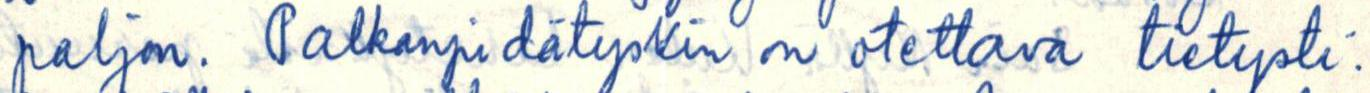
paljon. Palkanpidätyskin on otettava tietysti.